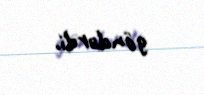
göndərdi.